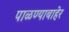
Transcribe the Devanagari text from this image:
पाळण्याबाहेर